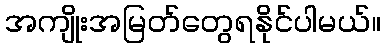
အကျိုးအမြတ်တွေရနိုင်ပါမယ်။